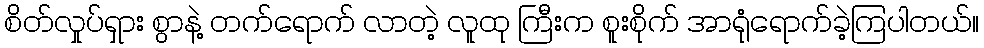
စိတ်လှုပ်ရှား စွာနဲ့ တက်ရောက် လာတဲ့ လူထု ကြီးက စူးစိုက် အာရုံရောက်ခဲ့ကြပါတယ်။